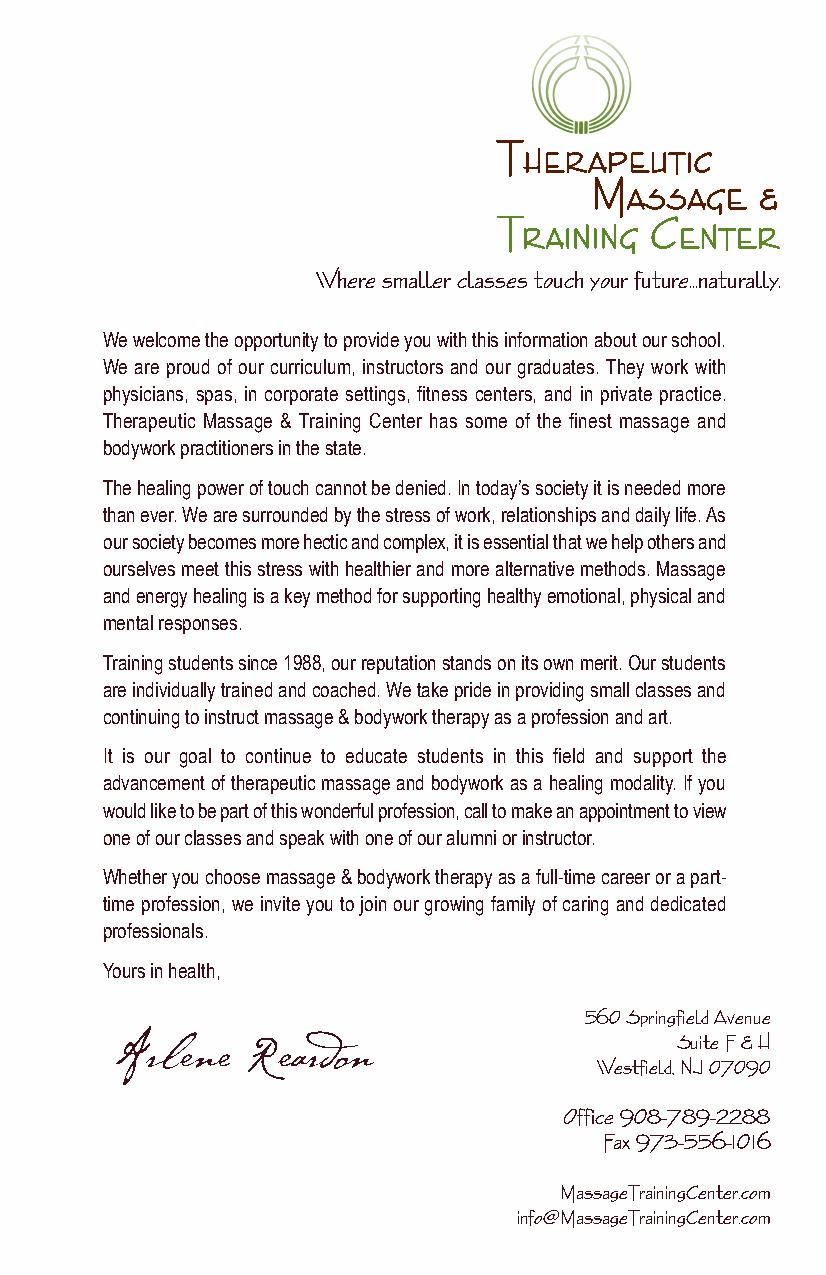
Where smaller classes touch your future...naturally.
 We welcome the opportunity to provide you with this information about our school.
 We are proud of our curriculum, instructors and our graduates. They work with
 physicians, spas, in corporate settings, fitness centers, and in private practice.
 Therapeutic Massage & Training Center has some of the finest massage and
 bodywork practitioners in the state.
 The healing power of touch cannot be denied. In today’s society it is needed more
 than ever. We are surrounded by the stress of work, relationships and daily life. As
 our society becomes more hectic and complex, it is essential that we help others and
 ourselves meet this stress with healthier and more alternative methods. Massage
 and energy healing is a key method for supporting healthy emotional, physical and
 mental responses.
 Training students since 1988, our reputation stands on its own merit. Our students
 are individually trained and coached. We take pride in providing small classes and
 continuing to instruct massage & bodywork therapy as a profession and art.
 It is our goal to continue to educate students in this field and support the
 advancement of therapeutic massage and bodywork as a healing modality. If you
 would like to be part of this wonderful profession, call to make an appointment to view
 one of our classes and speak with one of our alumni or instructor.
 Whether you choose massage & bodywork therapy as a full-time career or a part-
 time profession, we invite you to join our growing family of caring and dedicated
 professionals.
 Yours in health,
 560 Springfield Avenue
 Suite F & H
 Arlene  Reardon
 Westfield, NJ 07090
 Office 908-789-2288
 Fax 973-556-1016
 MassageTrainingCenter.com
 info@MassageTrainingCenter.com